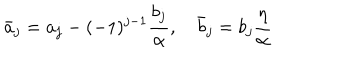
\bar { a } _ { j } = a _ { j } - ( - 1 ) ^ { j - 1 } \frac { b _ { j } } { \alpha } , \quad \bar { b } _ { j } = b _ { j } \frac { \eta } { \alpha }